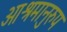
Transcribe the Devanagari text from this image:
आश्रमानुरुप